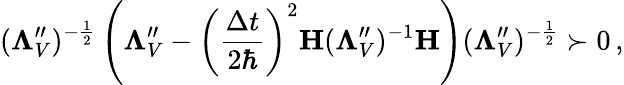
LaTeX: (\mathbf\Lambda_{V}^{\prime\prime})^{-\frac 12}\left(\mathbf\Lambda_{V}^{\prime\prime}-\left(\frac{\Delta t}{2\hbar}\right)^{2}\mathbf H(\mathbf\Lambda_{V}^{\prime\prime})^{-1}\mathbf H\right)(\mathbf\Lambda_{V}^{\prime\prime})^{-\frac 12}\succ 0\, ,